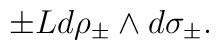
\pm Ld\rho_{\pm}\wedge d\sigma_{\pm}.